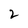
Character: 2